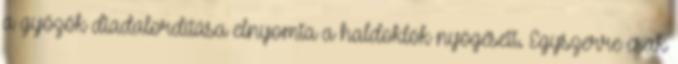
a győzők diadalordítása elnyomta a haldoklók nyögéseit. Egyszerre csak